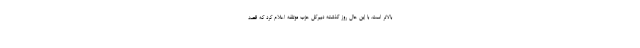
بالاتر است. با این حال روز گذشته دبیرکل حزب موتلفه اعلام کرد که قصد